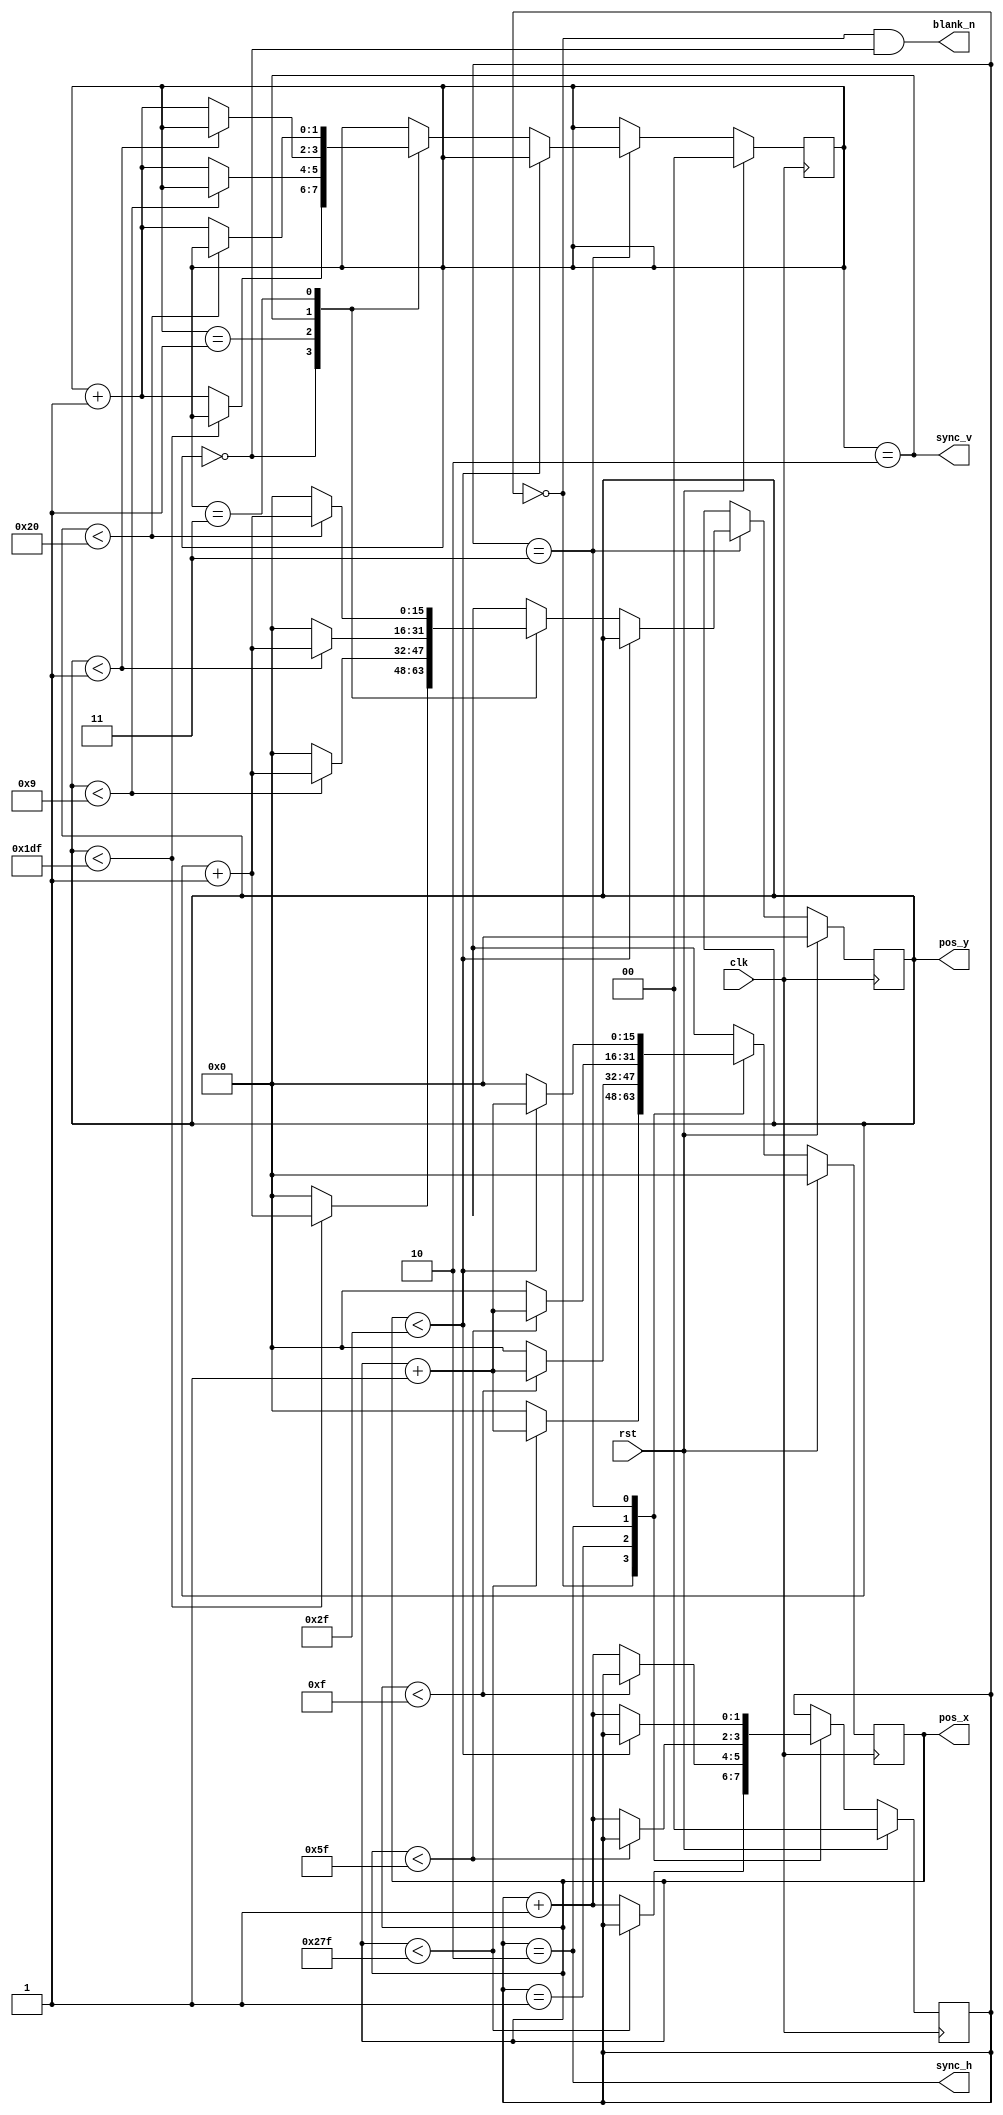
module vga(
	input clk,
	input rst,
	output [15:0] pos_x,
	output [15:0] pos_y,
	output blank_n,
	output sync_h,
	output sync_v
);

reg [1:0] x_mode;
reg [15:0] x_count;
reg [1:0] y_mode;
reg [15:0] y_count;

assign pos_x = x_count;
assign pos_y = y_count;
assign blank_n = (x_mode == 0) && (y_mode == 0);
assign sync_h = (x_mode == 2);
assign sync_v = (y_mode == 2);


initial begin
	x_mode = 0;
	x_count = 0;
	y_mode = 0;
	y_count = 0;
end

always @ (posedge clk) begin
	if (rst) begin
		x_mode <= 0;
		x_count <= 0;
		y_mode <= 0;
		y_count <= 0;
	end else begin
		case (x_mode)
			0:	begin
					if (x_count < 640-1)
						x_count <= (x_count+1);
					else begin
						x_count <= 0;
						x_mode <= (x_mode + 1);
					end
				end
			1:	begin
					if (x_count < 16-1)
						x_count <= (x_count+1);
					else begin
						x_count <= 0;
						x_mode <= (x_mode + 1);
					end
				end
			2:	begin
					if (x_count < 96-1)
						x_count <= (x_count+1);
					else begin
						x_count <= 0;
						x_mode <= (x_mode + 1);
					end
				end
			3:	begin
					if (x_count < 48-1)
						x_count <= (x_count+1);
					else begin
						x_count <= 0;
						x_mode <= (x_mode + 1);
						// note -- increment line counter here
						case (y_mode)
							0:	begin
									if (y_count < 480-1)
										y_count <= (y_count+1);
									else begin
										y_count <= 0;
										y_mode <= (y_mode + 1);
									end
								end
							1:	begin
									if (y_count < 10-1)
										y_count <= (y_count+1);
									else begin
										y_count <= 0;
										y_mode <= (y_mode + 1);
									end
								end
							2:	begin
									if (y_count < 2-1)
										y_count <= (y_count+1);
									else begin
										y_count <= 0;
										y_mode <= (y_mode + 1);
									end
								end
							3:	begin
									if (y_count < 33-1)
										y_count <= (y_count+1);
									else begin
										y_count <= 0;
										y_mode <= (y_mode + 1);
									end
								end
						endcase
					end
				end
		endcase
	end
end


endmodule